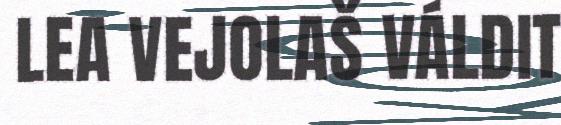
LEA VEJOLAŠ VÁLDIT